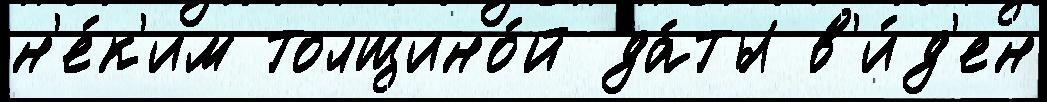
н'е́к'им толщино́й да́ты в'и́д'ен